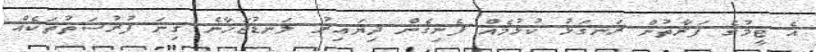
އެ ޓީމުގެ ފަރާތުން ރަނގަޅު ކުޅުމެއް ފެނިގެން ދިޔައިރު ލަނޑުޖަހާނެ ގިނަ ފުރުސަތުތަކެއް